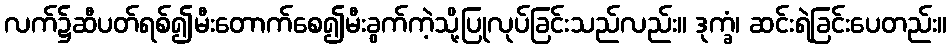
လက်၌ဆီပတ်ရစ်၍မီးတောက်စေ၍မီးခွက်ကဲ့သို့ပြုလုပ်ခြင်းသည်လည်း။ ဒုက္ခံ၊ ဆင်းရဲခြင်းပေတည်း။